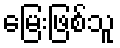
မြေးဖြစ်သူ